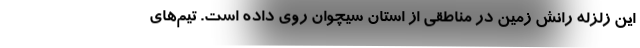
این زلزله رانش زمین در مناطقی از استان سیچوان روی داده است. تیم‌های